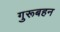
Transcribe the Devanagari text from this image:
गुरूबहन